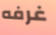
غرفه